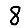
Digit: 8